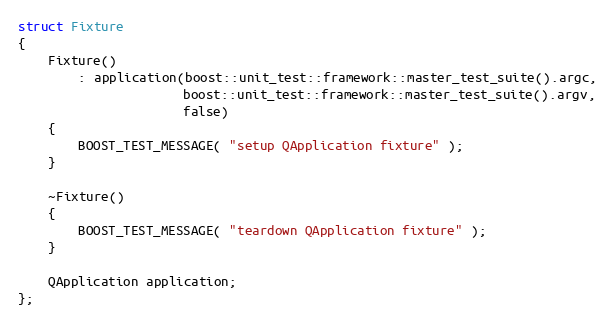
Language: C++
struct Fixture
{
    Fixture()
        : application(boost::unit_test::framework::master_test_suite().argc,
                      boost::unit_test::framework::master_test_suite().argv,
                      false)
    {
        BOOST_TEST_MESSAGE( "setup QApplication fixture" );
    }

    ~Fixture()
    {
        BOOST_TEST_MESSAGE( "teardown QApplication fixture" );
    }

    QApplication application;
};